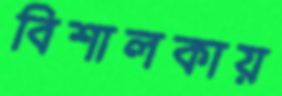
বিশালকায়